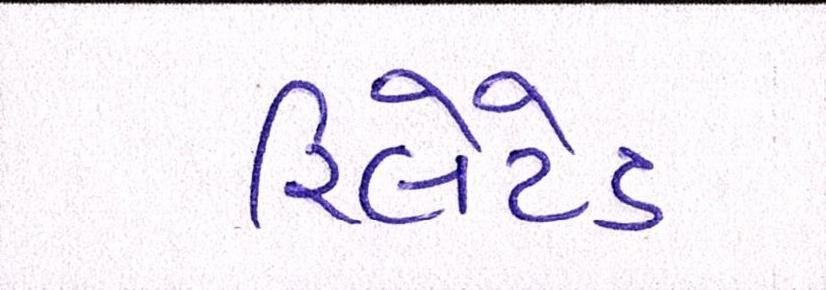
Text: રિલેટેડ